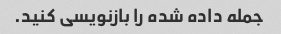
جمله داده شده را بازنویسی کنید.